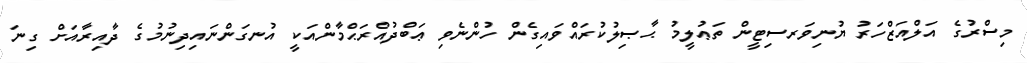
މިސްރުގެ އަލްއަޒްހަރު ޔުނިވަރސިޓީން ތަޢުލީމު ޙާޞިލުކުރައްވައިގެން ހުންނެވި ޢަބްދުއްރަޙްމާންއަކީ އުނގަންނައިދިނުމުގެ ދާއިރާއަށް ގިނަ